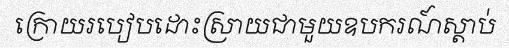
ក្រោយរបៀបដោះស្រាយជាមួយឧបករណ៍ស្តាប់